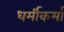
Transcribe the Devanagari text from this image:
धर्मीकर्मा